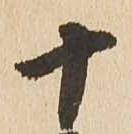
十